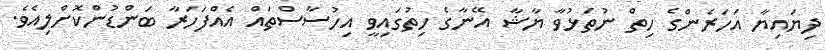
ދިޔައިޔާ އަަހަރެންގެ ހިތް ނުތަޅުވާ ޔާޝާ އޭނާގެ ހިތުގައިވީ އިހުސާސްތައް އެއްފަހަރާ ބަންޑުންކޮށްލިއެވެ.